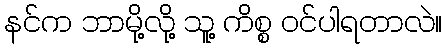
နင်က ဘာမို့လို့ သူ့ ကိစ္စ ဝင်ပါရတာလဲ။